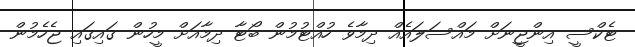
ޓެކްސީ އިންޖީނަށް މައްސަލައެއް ދިމާވެ ހުއްޓުމުން ބޯޓާ ދިމާއަށް މީހުން ގައިގައި ޖެހެމުން